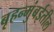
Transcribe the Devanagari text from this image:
बृहन्मुंबईतील